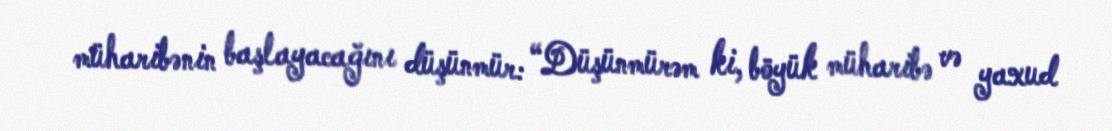
müharibənin başlayacağını düşünmür: “Düşünmürəm ki, böyük müharibə və yaxud